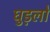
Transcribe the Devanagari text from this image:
घुड़लो